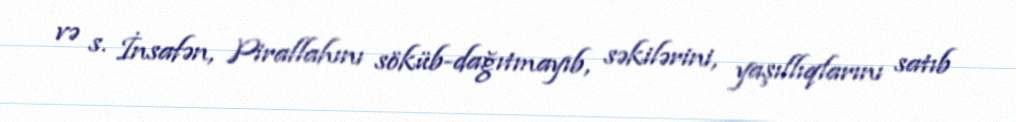
və s. İnsafən, Pirallahını söküb-dağıtmayıb, səkilərini, yaşıllıqlarını satıb